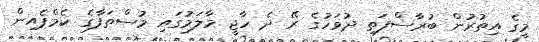
މީގެ އިތުރުން ބުރާސްފަތި ދުވަހުގެ ރޭ ދެ ހާޖީ މާލަމުގައި މުސްތަފާގެ ކެމްޕެއިން